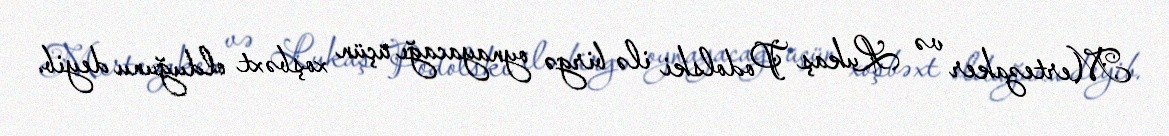
Mertezaker və Lukaş Podolski ilə birgə oynayacağı üçün xoşbəxt olduğunu deyib.